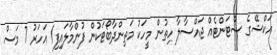
އަކްޝޭގެ ސްޓަންޓެއް ޖައްސާލާ ހިތުން މީހަކު މަތިންދާބޯޓަކުން ފުންމާލައިފި1 އަހަރު 7 މަސް